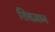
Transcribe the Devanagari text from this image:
शिवज्ञान